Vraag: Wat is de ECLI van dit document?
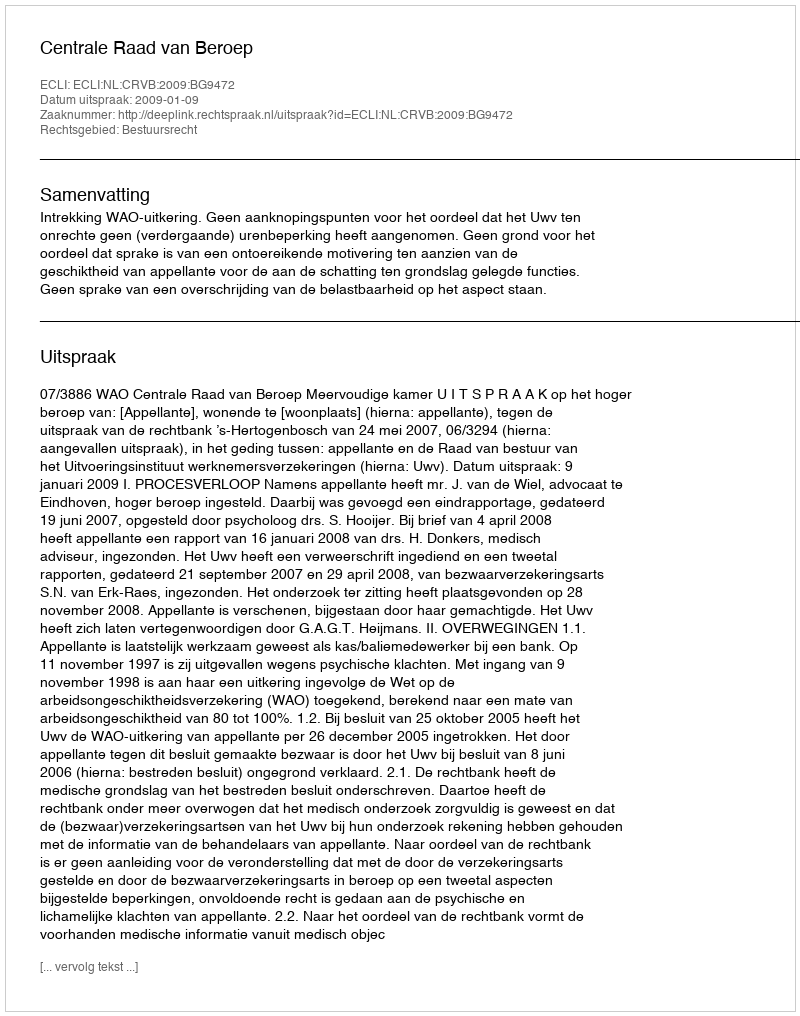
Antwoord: ECLI:NL:CRVB:2009:BG9472